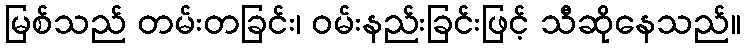
မြစ်သည် တမ်းတခြင်း၊ ဝမ်းနည်းခြင်းဖြင့် သီဆိုနေသည်။